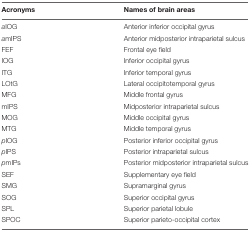
<table><thead><tr><td><b>Acronyms</b></td><td><b>Names of brain areas</b></td></tr></thead><tbody><tr><td><i>a</i>IOG</td><td>Anterior inferior occipital gyrus</td></tr><tr><td><i>a</i>mIPS</td><td>Anterior midposterior intraparietal sulcus</td></tr><tr><td>FEF</td><td>Frontal eye field</td></tr><tr><td>IOG</td><td>Inferior occipital gyrus</td></tr><tr><td>ITG</td><td>Inferior temporal gyrus</td></tr><tr><td>LOtG</td><td>Lateral occipitotemporal gyrus</td></tr><tr><td>MFG</td><td>Middle frontal gyrus</td></tr><tr><td>mIPS</td><td>Midposterior intraparietal sulcus</td></tr><tr><td>MOG</td><td>Middle occipital gyrus</td></tr><tr><td>MTG</td><td>Middle temporal gyrus</td></tr><tr><td><i>p</i>IOG</td><td>Posterior inferior occipital gyrus</td></tr><tr><td><i>p</i>IPS</td><td>Posterior intraparietal sulcus</td></tr><tr><td><i>p</i>mIPs</td><td>Posterior midposterior intraparietal sulcus</td></tr><tr><td>SEF</td><td>Supplementary eye field</td></tr><tr><td>SMG</td><td>Supramarginal gyrus</td></tr><tr><td>SOG</td><td>Superior occipital gyrus</td></tr><tr><td>SPL</td><td>Superior parietal lobule</td></tr><tr><td>SPOC</td><td>Superior parieto-occipital cortex</td></tr></tbody></table>